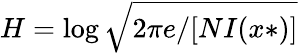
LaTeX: H=\log{\sqrt{2\pi e/[NI(x*)]}}